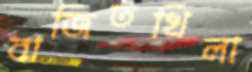
বাজিতখিলা